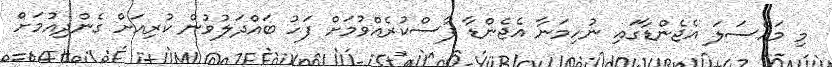
މި މައްސަލަ އެޖެންޑާގައި ނުހިމަނާ އެޖެންޑާ ފާސްކުރެއްވުމަށް ފަހު ބައްދަލުވުން ކުރިއަށް ގެންދިއުމަށް